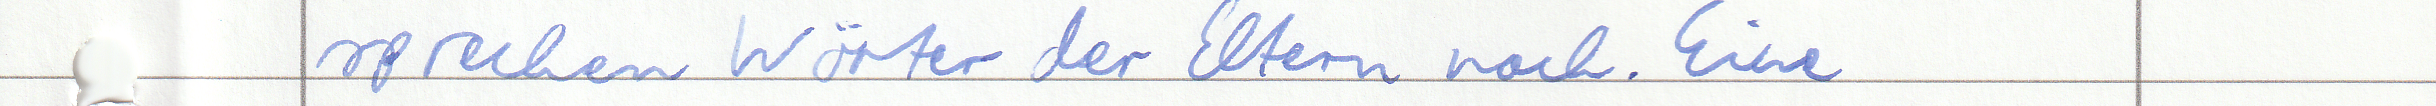
sprechen Wörter der Eltern nach. Eine